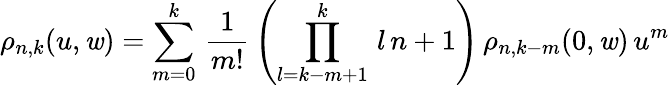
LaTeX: \rho_{n,k}(u,\mathit{w})=\sum_{m=0}^{k}\, \frac{{1}}{{m!}}\, \left(\prod_{l=k-m+1}^{k}\, l\, n+1\right)\, \rho_{n,k-m}(0,\mathit{w})\, u^{m}